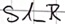
Text: S1_R